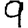
Digit: 9